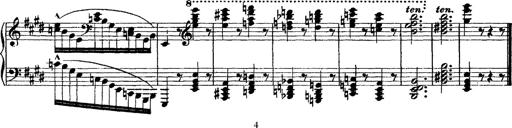
Title: Morceau de Salon
Composer: Josef Adalbert Pacher
Key: D-flat major